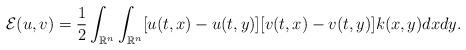
LaTeX: \begin{align*}\mathcal{E}(u,v) = \frac{1}{2}\int_{\mathbb{R}^{n}}\int_{\mathbb{R}^{n}}[u(t,x)-u(t,y)][v(t,x)-v(t,y)]k(x,y)dxdy.\end{align*}